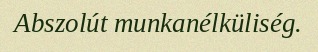
Abszolút munkanélküliség.